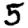
Digit: 5